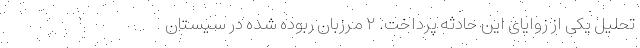
تحلیل یکی از زوایای این حادثه پرداخت. ۲ مرزبان ربوده شده در سیستان